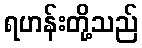
ရဟန်းတို့သည်